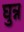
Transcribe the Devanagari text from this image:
घुन्न